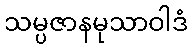
သမ္ပဇာနမုသာဝါဒံ